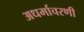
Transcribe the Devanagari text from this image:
अधर्माचरणी